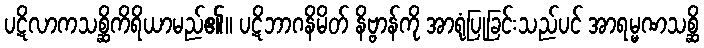
ပဋိလာကသစ္ဆိကိရိယာမည်၏။ ပဋိဘာဂနိမိတ် နိဗ္ဗာန်ကို အာရုံပြုခြင်းသည်ပင် အာရမ္မဏသစ္ဆိ